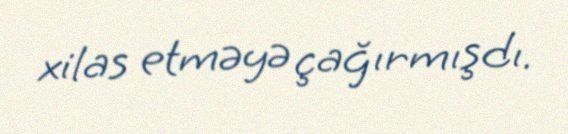
xilas etməyə çağırmışdı.